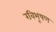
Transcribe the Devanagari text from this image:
रविभूषण